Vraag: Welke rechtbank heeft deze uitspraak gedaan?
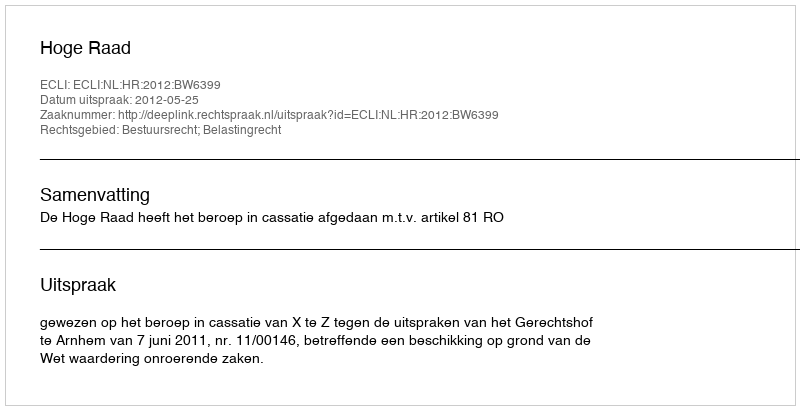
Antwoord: Hoge Raad